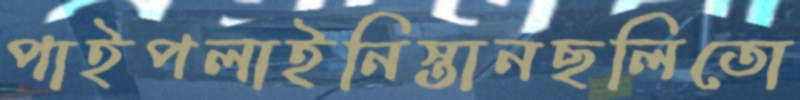
পাইপলাইনিস্তানছলিতো